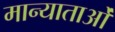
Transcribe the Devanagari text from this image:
मान्याताओं